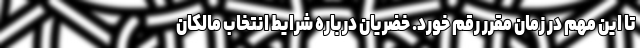
تا این مهم در زمان مقرر رقم خورد. خضریان درباره شرایط انتخاب مالکان